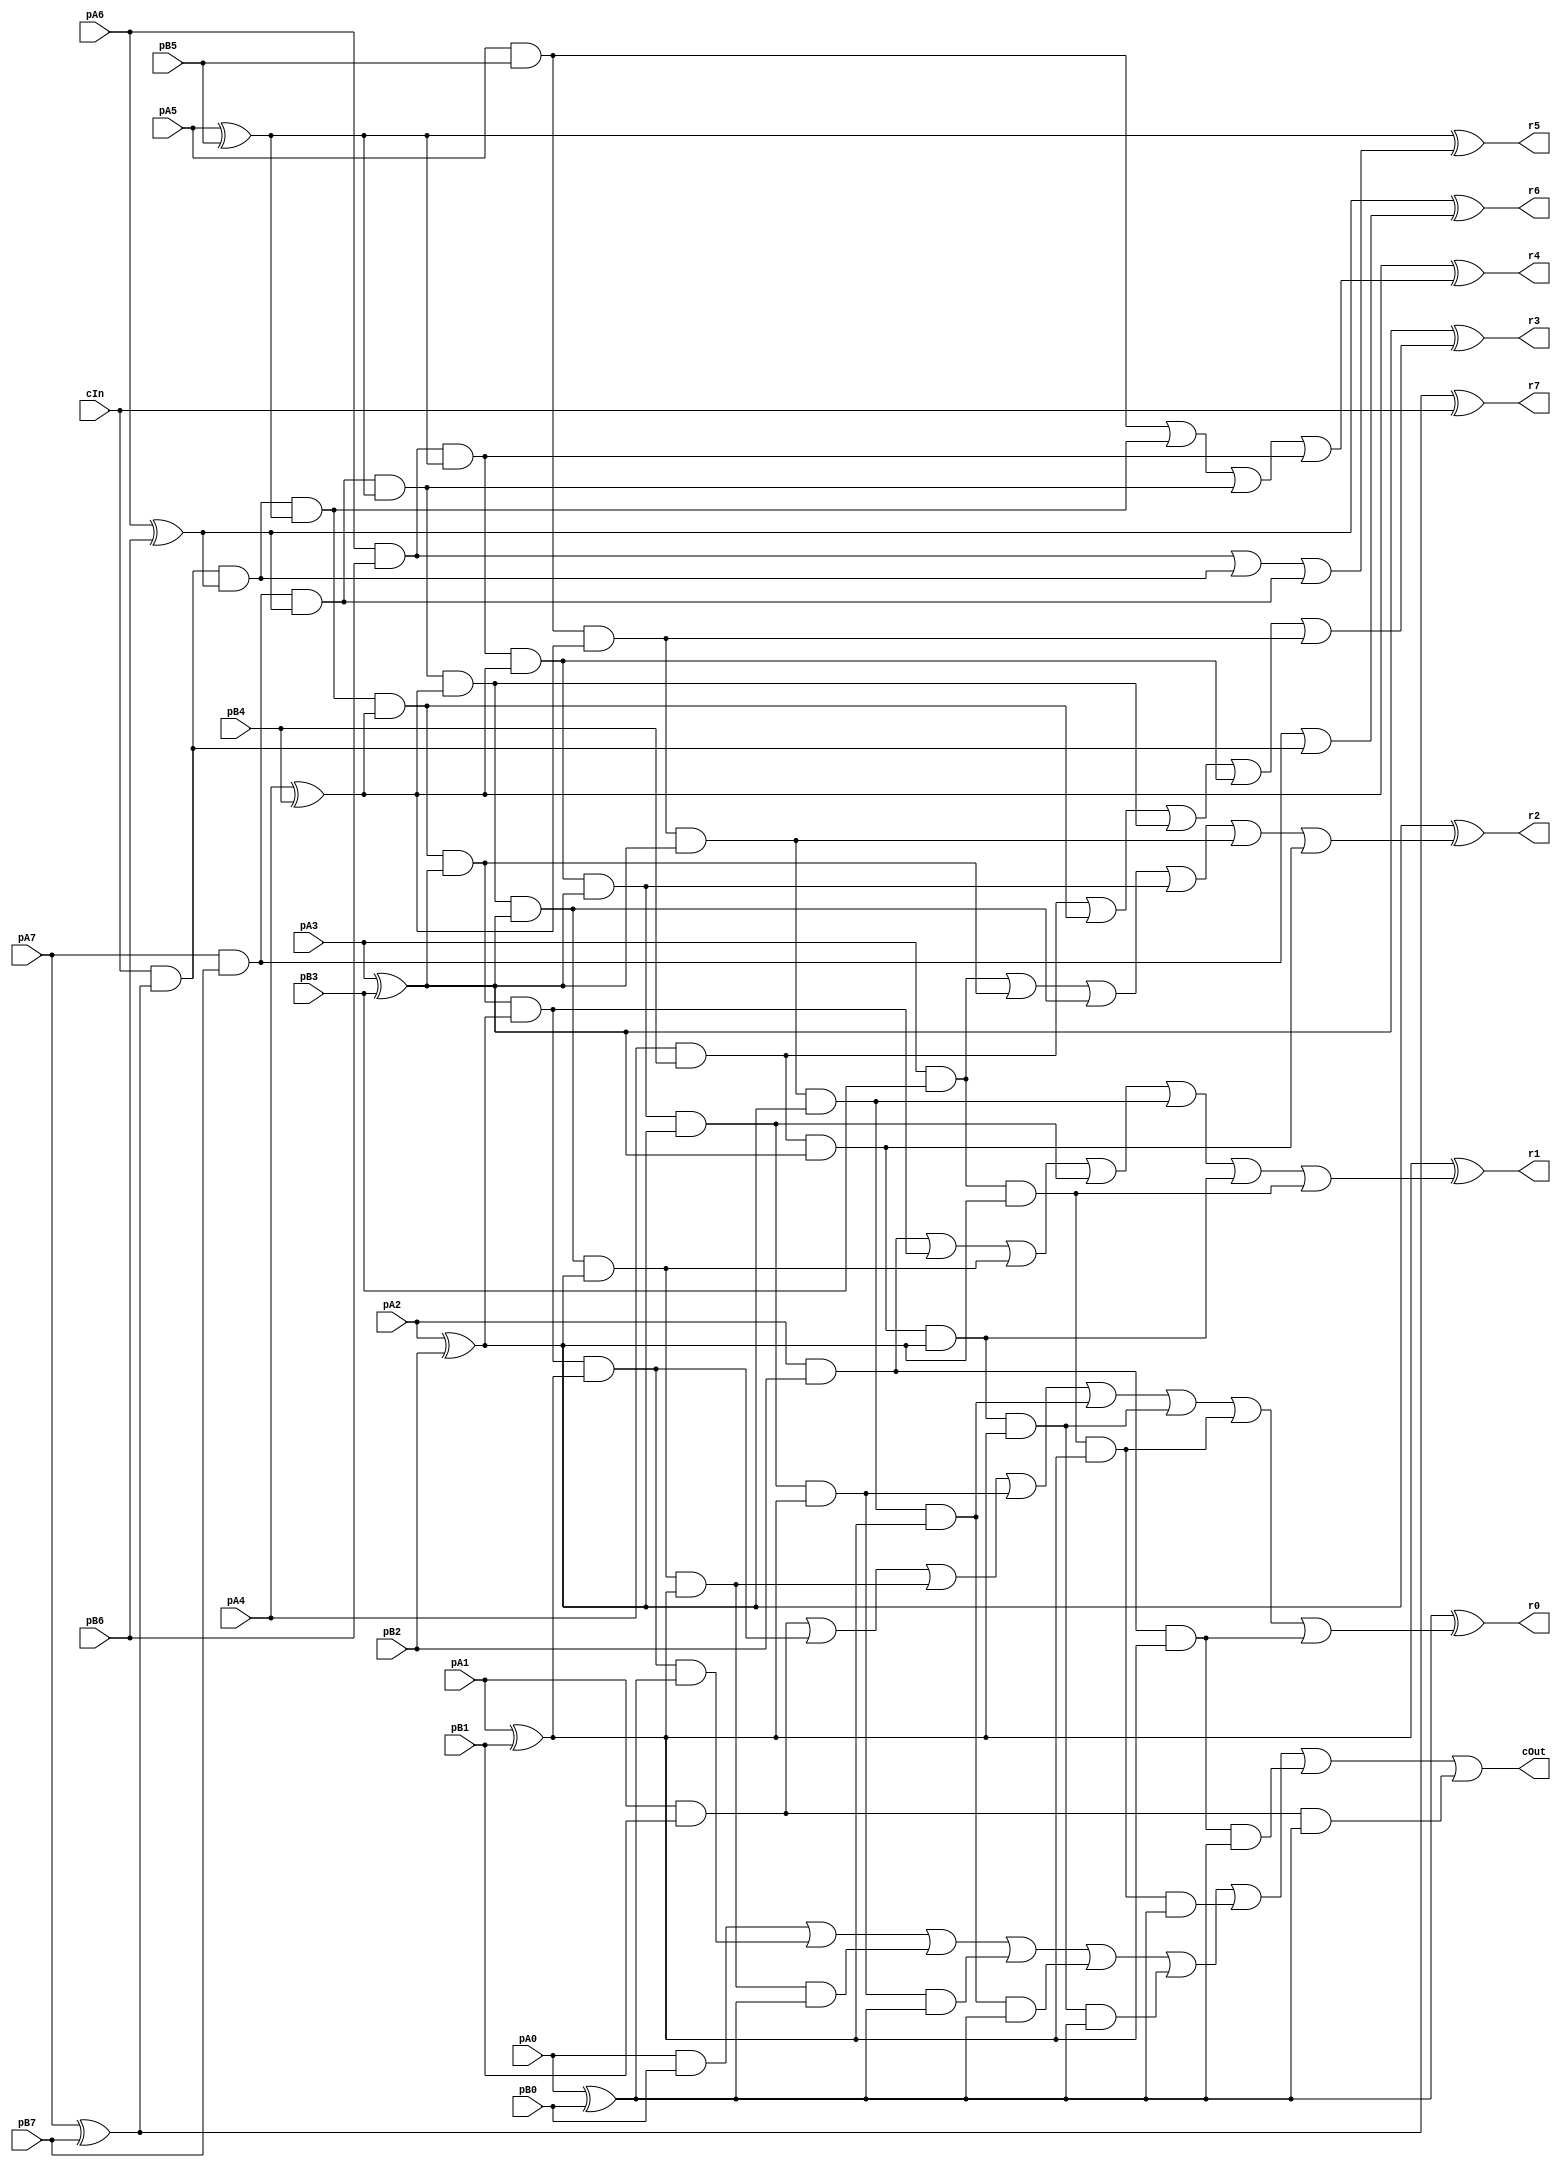
module CCarryLookahead_8_8_8_InOutT(pA7,pA6,pA5,pA4,pA3,pA2,pA1,pA0, pB7,pB6,pB5,pB4,pB3,pB2,pB1,pB0, r7,r6,r5,r4,r3,r2,r1,r0, cIn, cOut);

input pA7,pA6,pA5,pA4,pA3,pA2,pA1,pA0, pB7,pB6,pB5,pB4,pB3,pB2,pB1,pB0, cIn;
output r7,r6,r5,r4,r3,r2,r1,r0, cOut;
wire w1, w2, w3, w4, w5, w6, w7, w8, w9, w10, w11, w12, w13, w14, w15, w16, w17, w18, w19, w20, w21, w22, w23, w24, w25, w26, w27, w28, w29, w30, w31, w32, w33, w34, w35, w36, w37, w38, w39, w40, w41, w42, w43, w44, w45, w46, w47, w48, w49, w50, w51, w52, w53, w54, w55, w56, w57, w58, w59, w60, w61, w62, w63, w64, w65, w66, w67, w68, w69, w70, w71, w72, w73, w74, w75, w76, w77, w78, w79, w80, w81, w82, w83, w84, w85, w86, w87, r4294967295;

assign w1 = pA7;
assign w2 = pA6;
assign w3 = pA5;
assign w4 = pA4;
assign w5 = pA3;
assign w6 = pA2;
assign w7 = pA1;
assign w8 = pA0;
assign w9 = pB7;
assign w10 = pB6;
assign w11 = pB5;
assign w12 = pB4;
assign w13 = pB3;
assign w14 = pB2;
assign w15 = pB1;
assign w16 = pB0;
assign r7 = w17;
assign r6 = w18;
assign r5 = w19;
assign r4 = w20;
assign r3 = w21;
assign r2 = w22;
assign r1 = w23;
assign r0 = w24;
assign r4294967295 = w25;
assign w26 = cIn;
assign cOut = w25;

assign w28 = w1 ^ w9;
assign w36 = w1 & w9;
assign w29 = w2 ^ w10;
assign w37 = w2 & w10;
assign w30 = w3 ^ w11;
assign w38 = w3 & w11;
assign w31 = w4 ^ w12;
assign w39 = w4 & w12;
assign w32 = w5 ^ w13;
assign w40 = w5 & w13;
assign w33 = w6 ^ w14;
assign w41 = w6 & w14;
assign w34 = w7 ^ w15;
assign w42 = w7 & w15;
assign w35 = w8 ^ w16;
assign w43 = w8 & w16;
assign w52 = w26 & w28;
assign w53 = w26 & w28 & w29;
assign w54 = w36 & w29;
assign w55 = w26 & w28 & w29 & w30;
assign w56 = w36 & w29 & w30;
assign w57 = w37 & w30;
assign w58 = w26 & w28 & w29 & w30 & w31;
assign w59 = w36 & w29 & w30 & w31;
assign w60 = w37 & w30 & w31;
assign w61 = w38 & w31;
assign w62 = w26 & w28 & w29 & w30 & w31 & w32;
assign w63 = w36 & w29 & w30 & w31 & w32;
assign w64 = w37 & w30 & w31 & w32;
assign w65 = w38 & w31 & w32;
assign w66 = w39 & w32;
assign w67 = w26 & w28 & w29 & w30 & w31 & w32 & w33;
assign w68 = w36 & w29 & w30 & w31 & w32 & w33;
assign w69 = w37 & w30 & w31 & w32 & w33;
assign w70 = w38 & w31 & w32 & w33;
assign w71 = w39 & w32 & w33;
assign w72 = w40 & w33;
assign w73 = w26 & w28 & w29 & w30 & w31 & w32 & w33 & w34;
assign w74 = w36 & w29 & w30 & w31 & w32 & w33 & w34;
assign w75 = w37 & w30 & w31 & w32 & w33 & w34;
assign w76 = w38 & w31 & w32 & w33 & w34;
assign w77 = w39 & w32 & w33 & w34;
assign w78 = w40 & w33 & w34;
assign w79 = w41 & w34;
assign w80 = w26 & w28 & w29 & w30 & w31 & w32 & w33 & w34 & w35;
assign w81 = w36 & w29 & w30 & w31 & w32 & w33 & w34 & w35;
assign w82 = w37 & w30 & w31 & w32 & w33 & w34 & w35;
assign w83 = w38 & w31 & w32 & w33 & w34 & w35;
assign w84 = w39 & w32 & w33 & w34 & w35;
assign w85 = w40 & w33 & w34 & w35;
assign w86 = w41 & w34 & w35;
assign w87 = w42 & w35;
assign w44 = w36 | w52;
assign w45 = w37 | w53 | w54;
assign w46 = w38 | w55 | w56 | w57;
assign w47 = w39 | w58 | w59 | w60 | w61;
assign w48 = w40 | w62 | w63 | w64 | w65 | w66;
assign w49 = w41 | w67 | w68 | w69 | w70 | w71 | w72;
assign w50 = w42 | w73 | w74 | w75 | w76 | w77 | w78 | w79;
assign w51 = w43 | w80 | w81 | w82 | w83 | w84 | w85 | w86 | w87;
assign w17 = w28 ^ w26;
assign w18 = w29 ^ w44;
assign w19 = w30 ^ w45;
assign w20 = w31 ^ w46;
assign w21 = w32 ^ w47;
assign w22 = w33 ^ w48;
assign w23 = w34 ^ w49;
assign w24 = w35 ^ w50;
assign w25 = w51;

endmodule